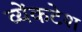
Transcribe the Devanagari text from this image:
व्येंकटेश